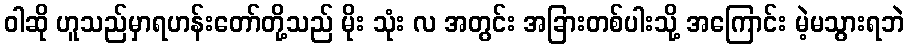
ဝါဆို ဟူသည်မှာရဟန်းတော်တို့သည် မိုး သုံး လ အတွင်း အခြားတစ်ပါးသို့ အကြောင်း မဲ့မသွားရဘဲ